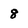
Character: 8